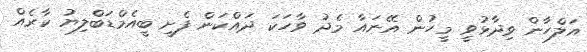
އަލްހާން ވިދާޅުވީ މީހުން އޭނައާ މެދު ވާހަކަ ދައްކަން ފެށީ ބީއެމްޑަބްލިޔު ކާރެއް